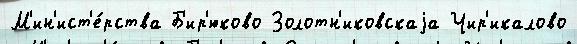
М'ин'ист'е́рства Б'ир'юково Золотн'иковскаjа Чир'икалово